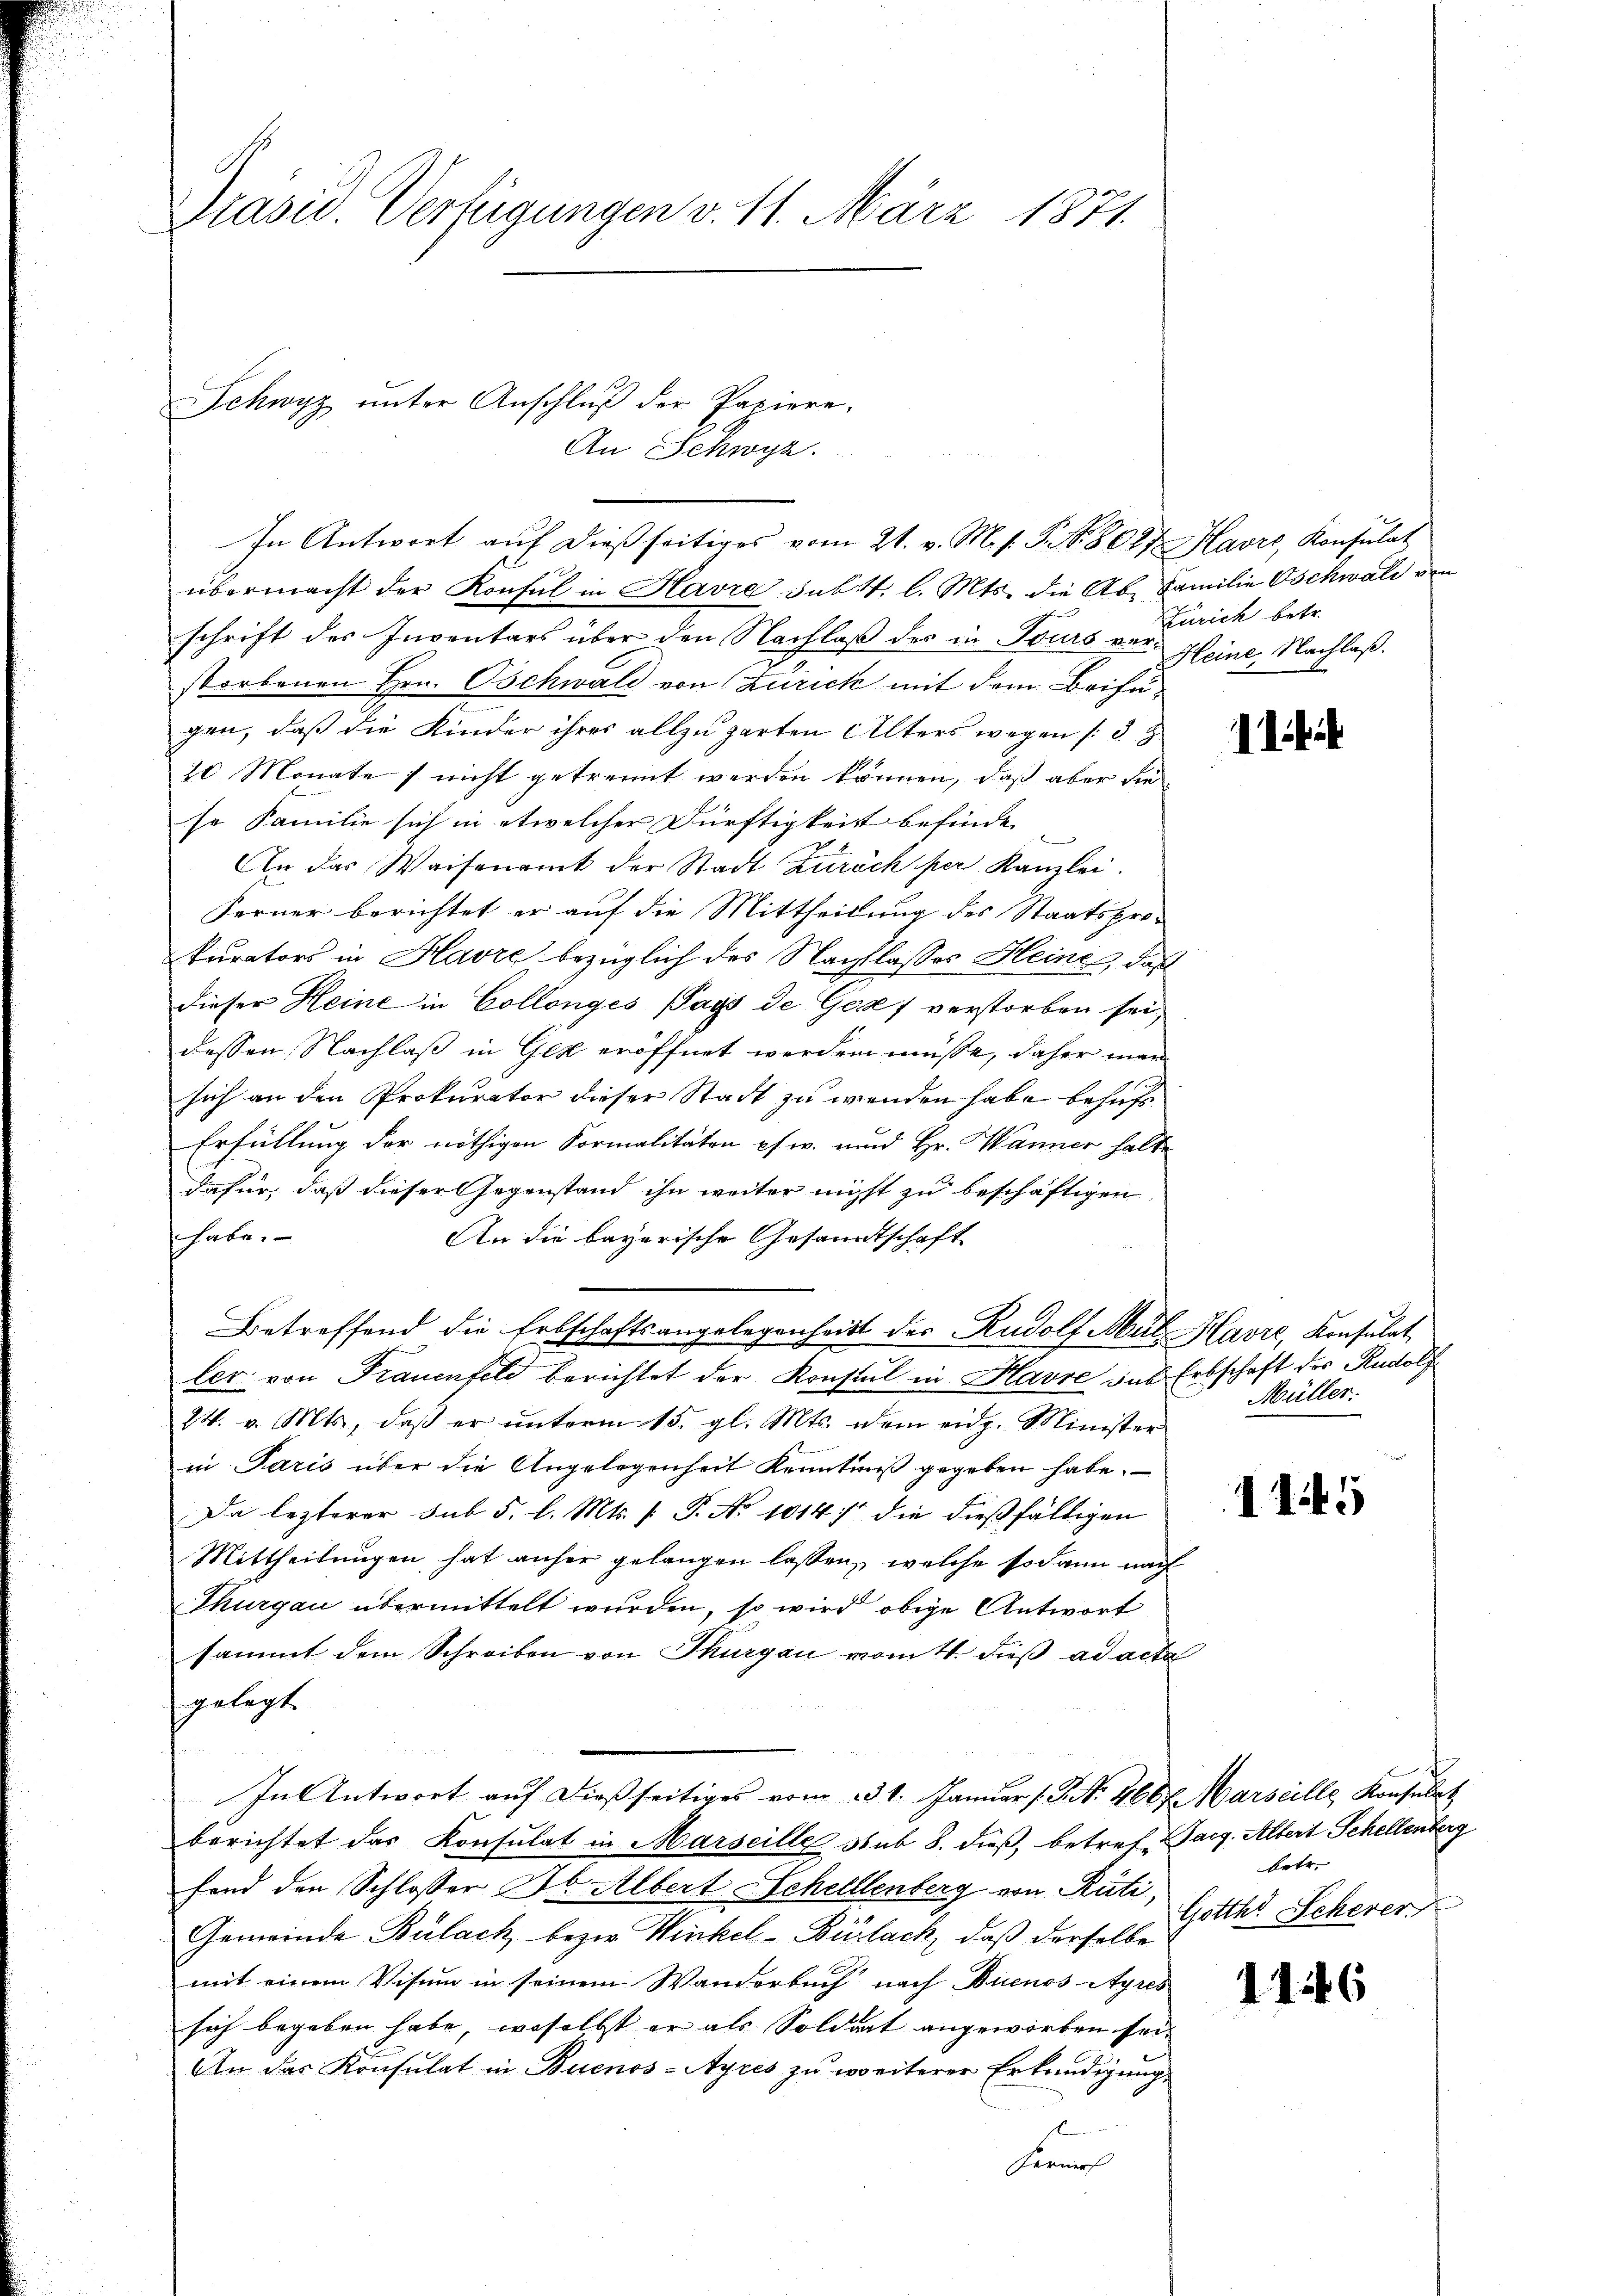
Präsid. Verfügungen v. 11. März 1871.

Schwyz unter Anschluß der Papiere.
An Schwyz.

In Antwort aŭf dießseitiges vom 21. v. M. s. S. S. 8027 Havre, Konsulat
übermacht der Konsul in Havre sub. 4. l. Mts. die Ab- Familie Oschwald von
schrift des Inventars über den Nachlaß des in Tours ver- Heine Nachlaß.
storbenen Hrn. Oschwald von Zürich mit dem Beifügen, daß die Kinder ihres allzugarten Alters wegen (39
20 Monate nicht getrennt werden können, daß aber die
so Familie sich in etwelcher Dürftigkeit befinde
An das Waisenamt der Stadt Zürich per Kanzlei.
Ferner berichtet er auf die Mittheilung des Staatsprokurators in Havre bezüglich des Nachtlasses Heine, daß
dieser Heine in Collonges Pays de Graf verstorben sei,
dessen Nachlaß in Gez eröffnet werden müsse, daher man
sich an den Prokurator dieser Stadt zu wenden habe behuf
Erfüllung der nöthigen Formalitäten pfw. und Hr. Wänner halte
dafür, daß dieser Gegenstand ihn weiter nicht zu beschäftigen
habe.
An die bayerische Gesandtschaft
Betreffend die Erbschaftsangelegenheit des Rudolf Mül Havre, Konsulat
ler von Frauenfeld berichtet der Konsul in Havre das Erbschaft des Rudolf
24. v. Mts., daβ er ŭnterm 15. gl. Mts. dem eidg. Minister
in Paris über die Angelegenheit Kenntniß gegeben habe.
Da lezterer sub 5 l. Mts. [: P. No 1014 die dießfälligen
Mittheilungen hat anher gelangen lassen, welche sodann nach
Thurgau übermittelt wurden, so wird obige Antwort
sammt dem Schreiben von Thurgau vom 4. dieß ad acta
gelegt.
In Antwort auf dießseitiges vom 31. Januar (Art. 466 f. Marseille Konsulat
berichtet das Konsulat in Marseille sub 8. dieß, betref Sarg. Albert Schellenberg
fond den Schlosser Dr. Albert Schelllenberg von Rüti,
Gemeinde Bülach bezw. Winkel-Bülach, daß derselbe
mit einem Visum in seinem Wanderbuch nach Buenos-Ayres
sich begeben habe, woselbst er als Soldat angeworben sei.
An das Konsulat in Buenos-Ayres zu weiterer Erkendigung.
hien

Zürich betr.

11/

Müller.

115

betr.
Gotth. Scherer

1.

.